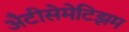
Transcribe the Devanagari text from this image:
अँटीसेमेटिझम